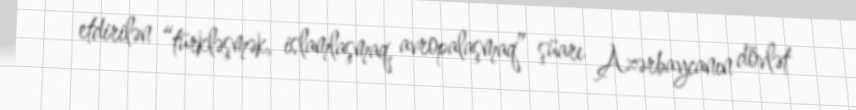
etdirilən “türkləşmək, islamlaşmaq, avropalaşmaq” şüarı Azərbaycanın dövlət